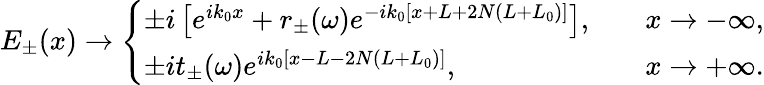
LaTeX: E_{\pm}(x)\rightarrow\left\{ \begin{array}{ll}{\pm i\left[e^{ik_{0}x}+r_{\pm}(\omega)e^{-ik_{0}[x+L+2N(L+L_{0})]}\right],}&{\quad x\rightarrow-\infty,}\\ {\pm it_{\pm}(\omega)e^{ik_{0}[x-L-2N(L+L_{0})]},}&{\quad x\rightarrow+\infty.}\end{array}\right.